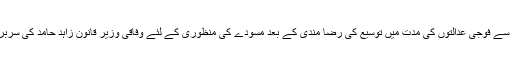
سیاسی جماعتوں کی جانب سے فوجی عدالتوں کی مدت میں توسیع کی رضا مندی کے بعد مسودے کی منظوری کے لئے وفاقی وزیر قانون زاہد حامد کی سربراہی میں اجلاس جاری ہے۔